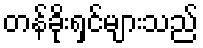
တန်ခိုးရှင်များသည်